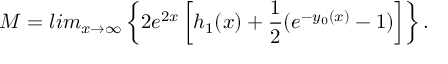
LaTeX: M = l i m _ { x \rightarrow \infty } \left\{ 2 e ^ { 2 x } \left[ h _ { 1 } ( x ) + \frac { 1 } { 2 } ( e ^ { - y _ { 0 } ( x ) } - 1 ) \right] \right\} .